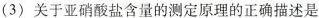
（3)关于亚硝酸盐含量的定原理的正确描述是